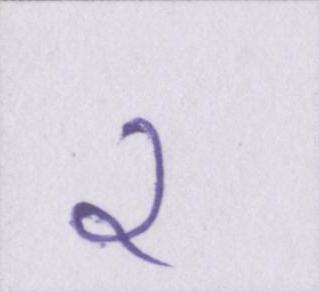
२